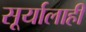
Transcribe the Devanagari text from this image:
सूर्यालाही